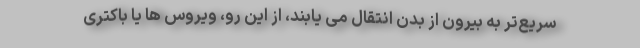
سریع‌تر به بیرون از بدن انتقال می یابند، از این رو، ویروس ها یا باکتری